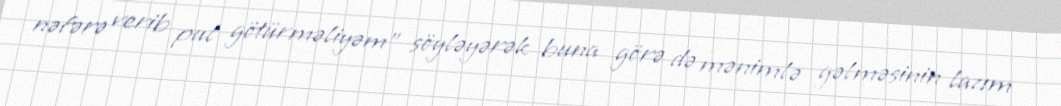
nəfərə verib pul götürməliyəm" söyləyərək buna görə də mənimlə gəlməsinin lazım